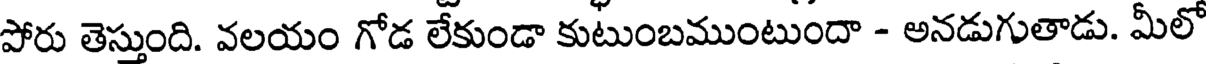
పోరు తెస్తుంది. వలయం గోడ లేకుండా కుటుంబముంటుందా - అనడుగుతాడు. మీలో